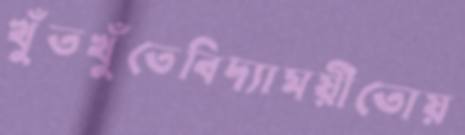
খুঁতখুঁতেবিদ্যাময়ীতোয়